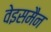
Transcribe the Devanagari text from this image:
वेइसमैन